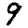
Digit: 9